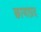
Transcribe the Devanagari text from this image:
छायाप्रद